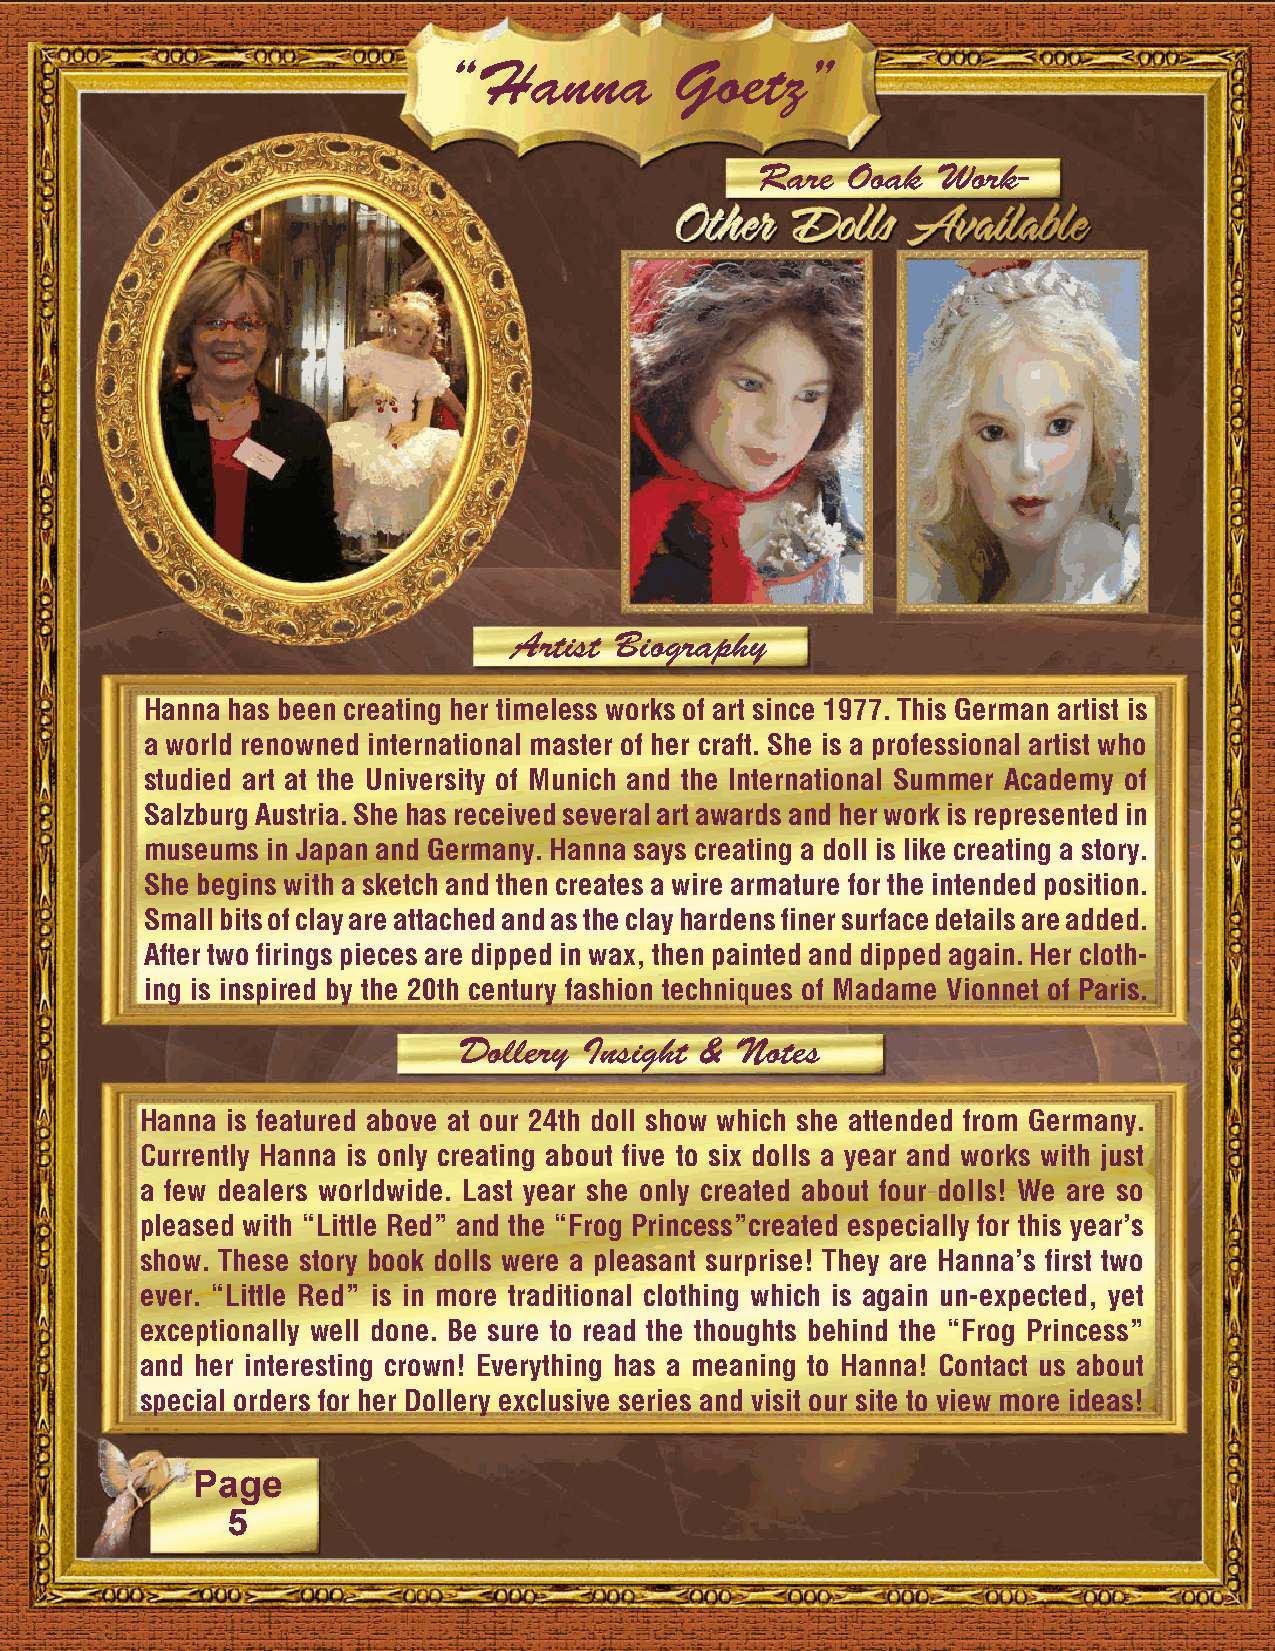
“Hanna         Goetz”
 Rare  Ooak  Work-
 Artist Biography
 Hanna has been creating her timeless works of art since 1977. This German artist is
 a world renowned international master of her craft. She is a professional artist who
 studied art at the University of Munich and the International Summer Academy of
 Salzburg Austria. She has received several art awards and her work is represented in
 museums in Japan and Germany. Hanna says creating a doll is like creating a story.
 She begins with a sketch and then creates a wire armature for the intended position.
 Small bits of clay are attached and as the clay hardens finer surface details are added.
 After two firings pieces are dipped in wax, then painted and dipped again. Her cloth-
 ing is inspired by the 20th century fashion techniques of Madame Vionnet of Paris.
 Dollery  Insight & Notes
 Hanna is featured above at our 24th doll show which she attended from Germany.
 Currently Hanna is only creating about five to six dolls a year and works with just
 a few dealers worldwide. Last year she only created about four dolls! We are so
 pleased with “Little Red” and the “Frog Princess”created especially for this year’s
 show. These story book dolls were a pleasant surprise! They are Hanna’s first two
 ever. “Little Red” is in more traditional clothing which is again un-expected, yet
 exceptionally well done. Be sure to read the thoughts behind the “Frog Princess”
 and her interesting crown! Everything has a meaning to Hanna! Contact us about
 special orders for her Dollery exclusive series and visit our site to view more ideas!
 Page
 5